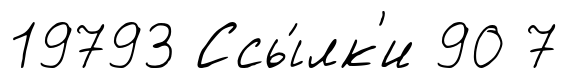
19793 Ссы́лк'и 90 7